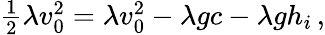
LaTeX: \begin{array}{r}{\frac{1}{2}\lambda v_{0}^{2}=\lambda v_{0}^{2}-\lambda gc-\lambda gh_{i}\, ,}\end{array}